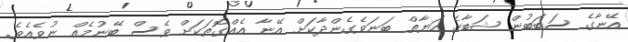
އޭނާގެ ސަބަބުން ޝަބާގެ ހަޔާތް ބަނަވެގެންދާކަށް އޭނާ އެއްގޮތަކަށް ވެސް ބޭނުމެއް ނުވެއެވެ.